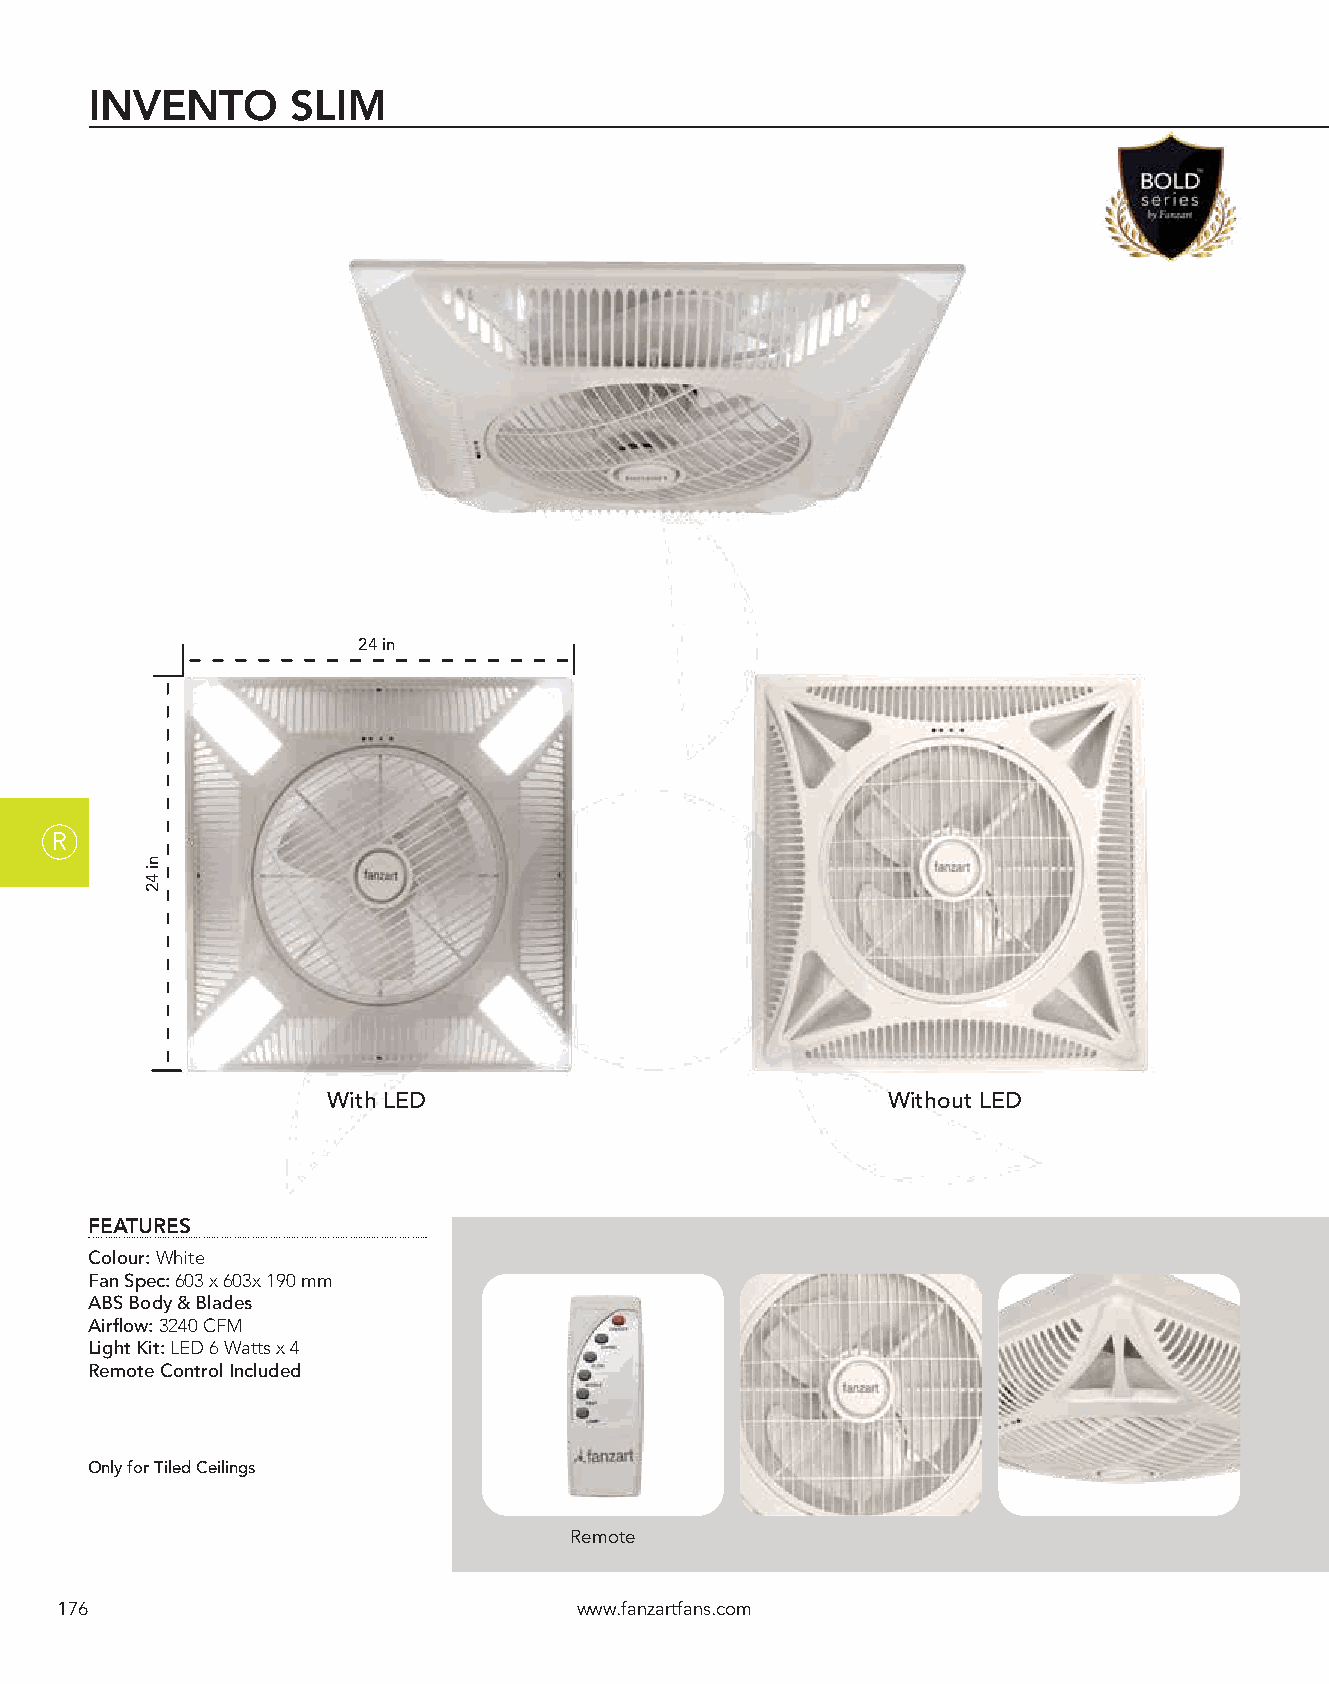
INVENTO      SLIM
 24 in
 R
 With LED                             Without LED
 FEATURES
 Colour: White
 Fan Spec: 603 x 603x 190 mm
 ABS Body & Blades
 Airflow: 3240 CFM
 Light Kit: LED 6 Watts x 4
 Remote Control Included
 Only for Tiled Ceilings
 Remote
 176                               www.fanzartfans.com
 ni
 42